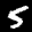
Label: 5